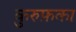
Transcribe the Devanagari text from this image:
कुरुफ़का